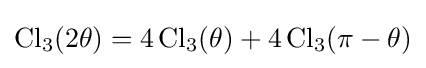
\operatorname {Cl} _{3}(2\theta )=4\operatorname {Cl} _{3}(\theta )+4\operatorname {Cl} _{3}(\pi -\theta )